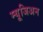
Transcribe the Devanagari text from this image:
म्यूजिअन